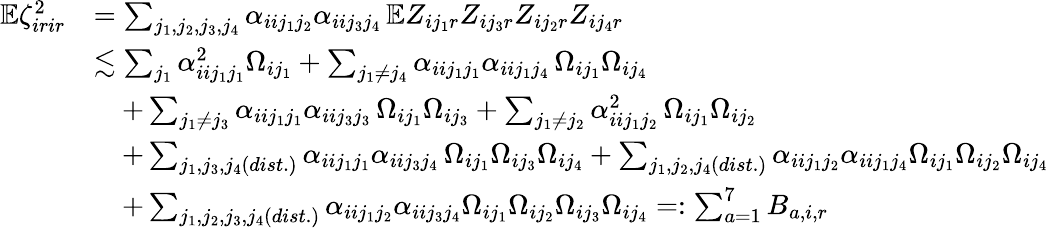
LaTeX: \begin{array}{rl}{\mathbb{E}\zeta_{irir}^{2}}&{=\sum_{j_{1},j_{2},j_{3},j_{4}}\alpha_{iij_{1}j_{2}}\alpha_{iij_{3}j_{4}}\, \mathbb{E}Z_{ij_{1}r}Z_{ij_{3}r}Z_{ij_{2}r}Z_{ij_{4}r}}\\ &{\lesssim\sum_{j_{1}}\alpha_{iij_{1}j_{1}}^{2}\Omega_{ij_{1}}+\sum_{j_{1}\neq j_{4}}\alpha_{iij_{1}j_{1}}\alpha_{iij_{1}j_{4}}\, \Omega_{ij_{1}}\Omega_{ij_{4}}}\\ &{\quad+\sum_{j_{1}\neq j_{3}}\alpha_{iij_{1}j_{1}}\alpha_{iij_{3}j_{3}}\, \Omega_{ij_{1}}\Omega_{ij_{3}}+\sum_{j_{1}\neq j_{2}}\alpha_{iij_{1}j_{2}}^{2}\, \Omega_{ij_{1}}\Omega_{ij_{2}}}\\ &{\quad+\sum_{j_{1},j_{3},j_{4}(dist.)}\alpha_{iij_{1}j_{1}}\alpha_{iij_{3}j_{4}}\, \Omega_{ij_{1}}\Omega_{ij_{3}}\Omega_{ij_{4}}+\sum_{j_{1},j_{2},j_{4}(dist.)}\alpha_{iij_{1}j_{2}}\alpha_{iij_{1}j_{4}}\Omega_{ij_{1}}\Omega_{ij_{2}}\Omega_{ij_{4}}}\\ &{\quad+\sum_{j_{1},j_{2},j_{3},j_{4}(dist.)}\alpha_{iij_{1}j_{2}}\alpha_{iij_{3}j_{4}}\Omega_{ij_{1}}\Omega_{ij_{2}}\Omega_{ij_{3}}\Omega_{ij_{4}}=:\sum_{a=1}^{7}B_{a,i,r}}\end{array}